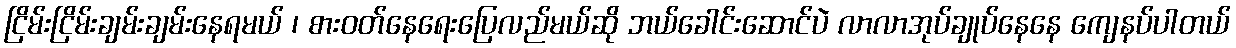
ငြိမ်းငြိမ်းချမ်းချမ်းနေရမယ် ၊ စားဝတ်နေရေးပြေလည်မယ်ဆို ဘယ်ခေါင်းဆောင်ပဲ လာလာအုပ်ချုပ်နေနေ ကျေနပ်ပါတယ်